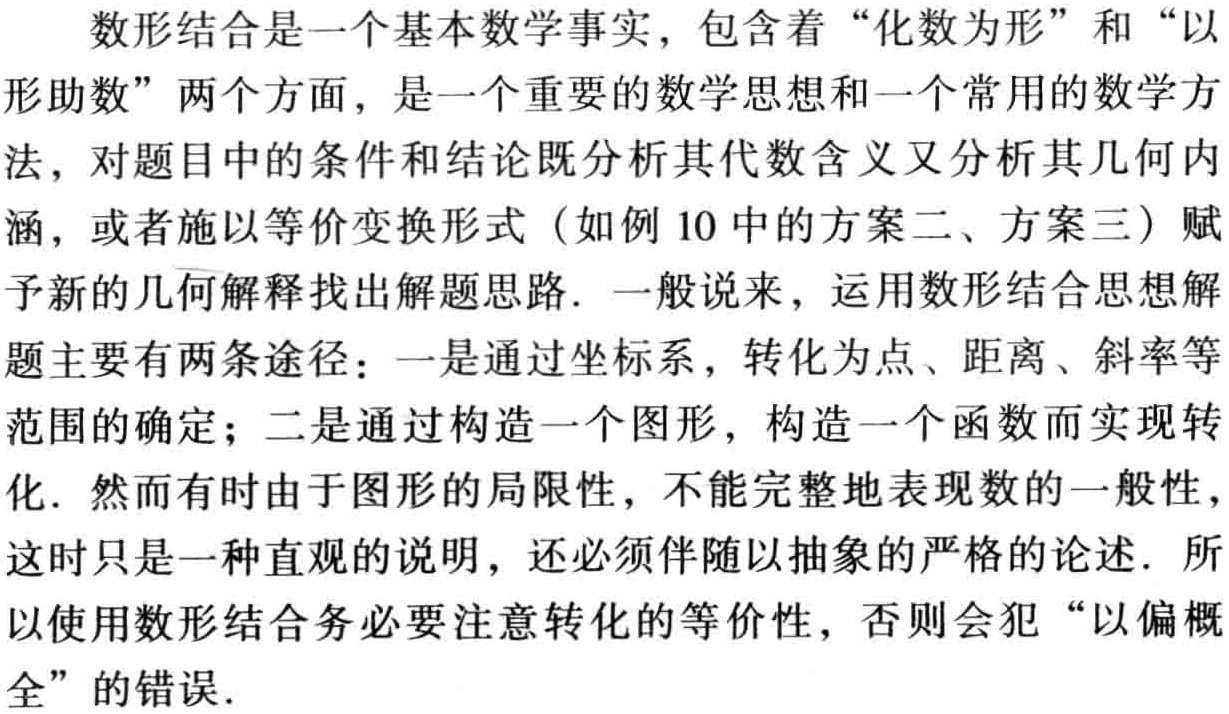
数形结合是一个基本数学事实，包含着“化数为形”和“以形助数”两个方面，是一个重要的数学思想和一个常用的数学方法，对题目中的条件和结论既分析其代数含义又分析其几何内涵，或者施以等价变换形式（如例 10 中的方案二、方案三）赋予新的几何解释找出解题思路. 一般说来，运用数形结合思想解题主要有两条途径：一是通过坐标系，转化为点、距离、斜率等范围的确定；二是通过构造一个图形，构造一个函数而实现转化. 然而有时由于图形的局限性，不能完整地表现数的一般性，这时只是一种直观的说明，还必须伴随以抽象的严格的论述. 所以使用数形结合务必要注意转化的等价性，否则会犯“以偏概全”的错误.